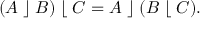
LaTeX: ( A \; \rfloor \; B ) \; \lfloor \; C = A \; \rfloor \; ( B \; \lfloor \; C ) .